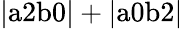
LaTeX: \mathrm{|a2b0|+|a0b2|}